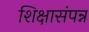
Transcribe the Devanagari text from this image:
शिक्षासंपन्न